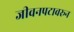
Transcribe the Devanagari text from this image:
जीवनपटावरून